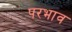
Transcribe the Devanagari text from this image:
परभाव